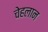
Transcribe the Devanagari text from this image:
चेहलान